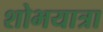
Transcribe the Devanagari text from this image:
शोभयात्रा